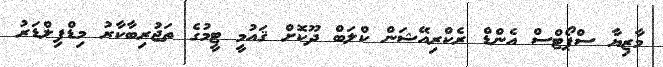
މާޒިޔާ ސްޕޯޓްސް އެންޑް ރެކްރިއޭޝަން ކްލަބް ދޫކޮށް ޤައުމީ ޓީމުގެ ތަޖުރިބާކާރު މިޑްފިލްޑަރު